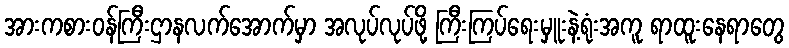
အားကစားဝန်ကြီးဌာနလက်အောက်မှာ အလုပ်လုပ်ဖို့ ကြီးကြပ်ရေးမှူးနဲ့ရုံးအကူ ရာထူးနေရာတွေ